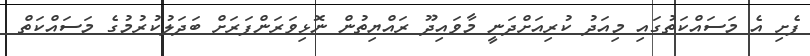
ފެށި އެ މަސައްކަތުގައި މިއަދު ކުރިއަށްދަނީ މާވައިދޫ ރައްޔިތުން ނޮޅިވަރަންފަރަށް ބަދަލުކުރުމުގެ މަސައްކަތް